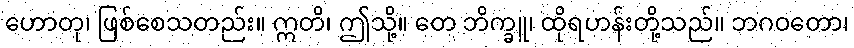
ဟောတု၊ ဖြစ်စေသတည်း။ ဣတိ၊ ဤသို့။ တေ ဘိက္ခူ၊ ထိုရဟန်းတို့သည်။ ဘဂဝတော၊